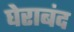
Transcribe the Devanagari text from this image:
घेराबंद